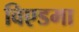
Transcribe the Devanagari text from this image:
विएडमा